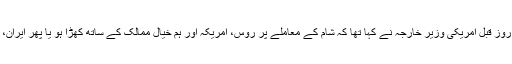
واضح رہے کہ اس ملاقات سے ایک روز قبل امریکی وزیر خارجہ نے کہا تھا کہ شام کے معاملے پر روس، امریکہ اور ہم خیال ممالک کے ساتھ کھڑا ہو یا پھر ایران، حزب اللہ اور بشار الاسد کا ساتھ دے۔